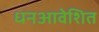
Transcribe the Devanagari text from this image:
धनआवेशित